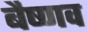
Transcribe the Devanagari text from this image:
बैष्णव